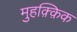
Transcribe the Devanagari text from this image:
मुहक़्क़िक